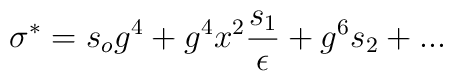
\sigma^*=s_og^4+g^4x^2{s_1\over \epsilon}+g^6s_2+...